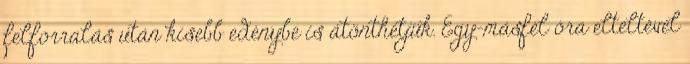
felforralás után kisebb edénybe is átönthetjük. Egy-másfél óra elteltével